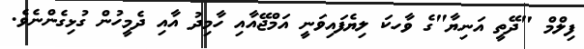
ފިލްމް "ދޭތީ އަނިޔާ"ގެ ވާހކަ ލިޔެފައިވަނީ އަމްޖޭއާއި ހާމިދު އާއި ދެމީހުން ގުޅިގެންނެވެ.